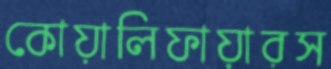
কোয়ালিফায়ারস